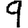
Digit: 9